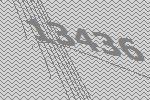
13436